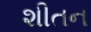
શીતન